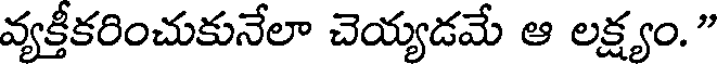
వ్యక్తీకరించుకునేలా చెయ్యడమే ఆ లక్ష్యం."